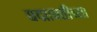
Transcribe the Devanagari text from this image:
पद्मावतीच्या